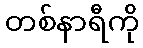
တစ်နာရီကို